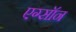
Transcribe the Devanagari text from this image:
एग्सॉन